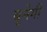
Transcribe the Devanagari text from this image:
बुनेगी